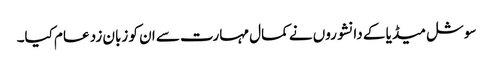
سوشل میڈیا کے دانشوروں نے کمال مہارت سے ان کو زبان زد عام کیا۔